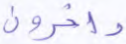
داخرون